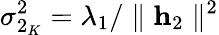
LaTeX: \sigma_{2_{K}}^{2}=\lambda_{1}/\parallel\mathbf{h}_{2}\parallel^{2}